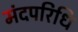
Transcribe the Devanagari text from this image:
मंदपरिधि